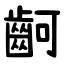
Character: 䶗